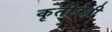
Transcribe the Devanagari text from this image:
कृतीनेही